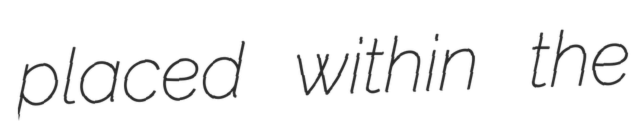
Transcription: placed within the